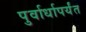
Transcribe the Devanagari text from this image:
पुर्वार्धापर्यंत